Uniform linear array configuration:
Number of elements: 4
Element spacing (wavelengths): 0.75
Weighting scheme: cosine
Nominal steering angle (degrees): -45
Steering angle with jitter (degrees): -46.254
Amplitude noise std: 0.05
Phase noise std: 0.05

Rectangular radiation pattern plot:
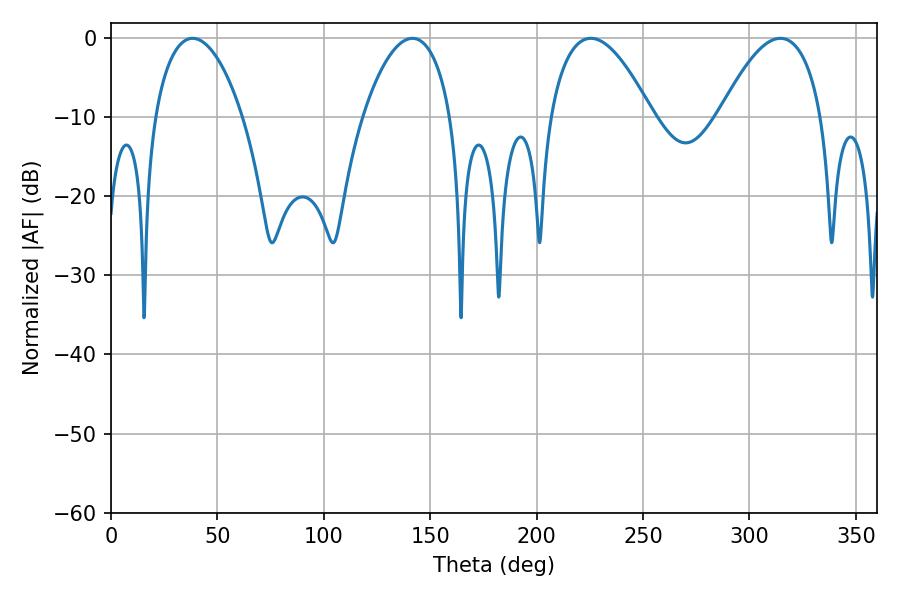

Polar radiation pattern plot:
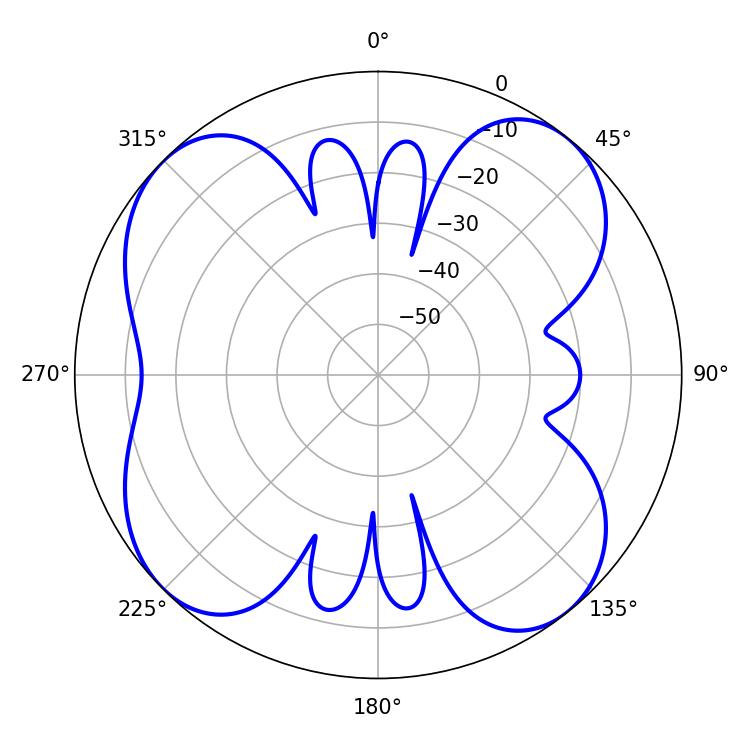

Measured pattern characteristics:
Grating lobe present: TRUE
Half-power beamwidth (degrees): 23.22
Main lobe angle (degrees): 38.34